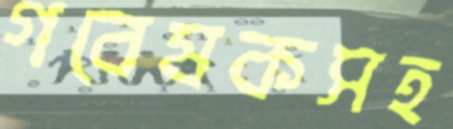
গবেষকসহ